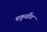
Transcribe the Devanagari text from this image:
प्रकुर्वीत